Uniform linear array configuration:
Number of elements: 24
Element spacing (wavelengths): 1
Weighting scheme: hamming
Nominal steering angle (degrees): -15
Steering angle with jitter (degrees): -13.646
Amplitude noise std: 0.05
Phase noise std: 0.05

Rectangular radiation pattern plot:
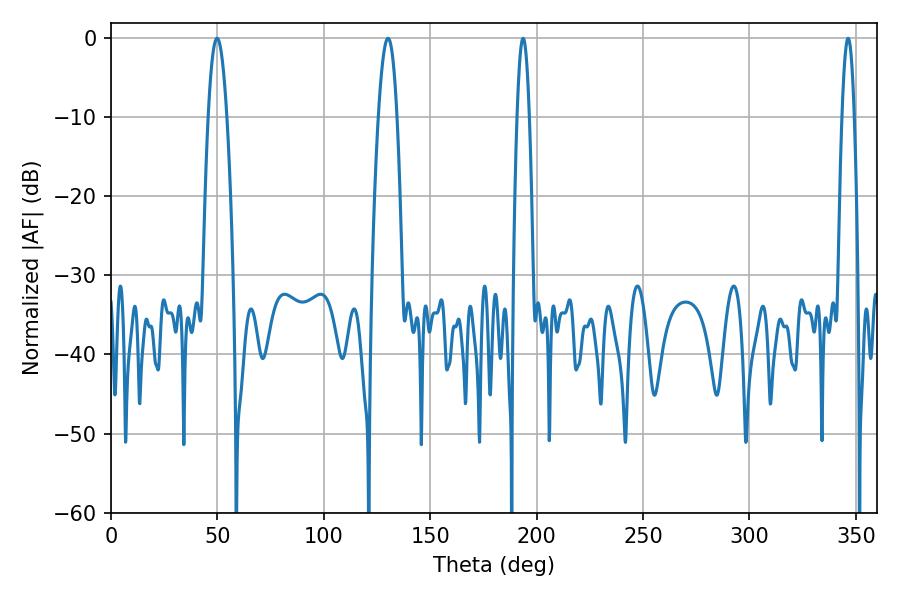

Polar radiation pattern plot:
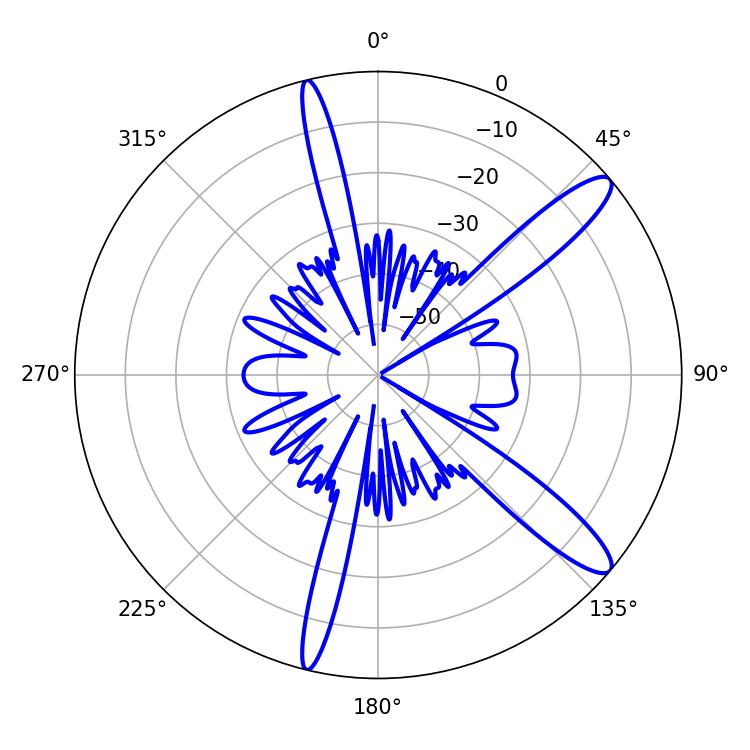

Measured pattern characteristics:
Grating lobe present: TRUE
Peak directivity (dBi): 12.557
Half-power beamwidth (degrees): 4.86
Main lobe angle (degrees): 49.86